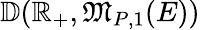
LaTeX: \mathbb{D}(\mathbb{R}_{+},\mathfrak{M}_{P,1}(E))